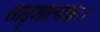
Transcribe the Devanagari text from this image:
सादृशात्मकः।